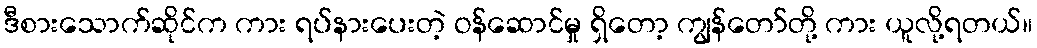
ဒီစားသောက်ဆိုင်က ကား ရပ်နားပေးတဲ့ ဝန်ဆောင်မှု ရှိတော့ ကျွန်တော်တို့ ကား ယူလို့ရတယ်။